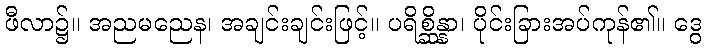
ဖီလာ၌။ အညမညေန၊ အချင်းချင်းဖြင့်။ ပရိစ္ဆိန္နာ၊ ပိုင်းခြားအပ်ကုန်၏။ ဒွေ